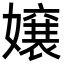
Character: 嬢